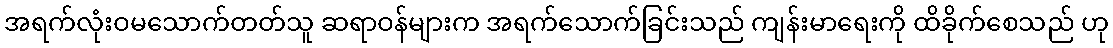
အရက်လုံးဝမသောက်တတ်သူ ဆရာဝန်များက အရက်သောက်ခြင်းသည် ကျန်းမာရေးကို ထိခိုက်စေသည် ဟု